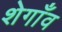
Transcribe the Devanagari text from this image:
शेगाँव